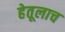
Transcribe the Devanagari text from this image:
हेतूलाच